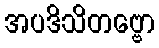
အပဒိသိတဗ္ဗော